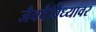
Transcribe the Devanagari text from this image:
जैववैविध्यावर